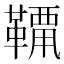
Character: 𩌶